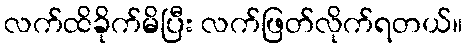
လက်ထိခိုက်မိပြီး လက်ဖြတ်လိုက်ရတယ်။